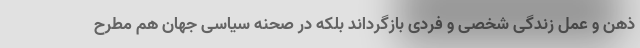
ذهن و عمل زندگی شخصی و فردی بازگرداند بلکه در صحنه سیاسی جهان هم مطرح